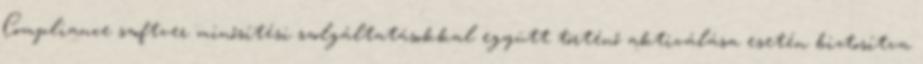
Compliance szoftver minősítési szolgáltatásokkal együtt történő aktiválása esetén biztosítva